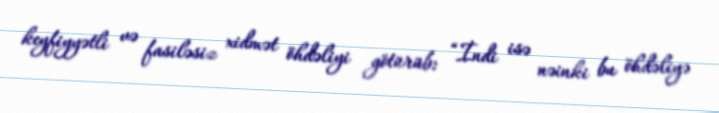
keyfiyyətli və fasiləsiz xidmət öhdəliyi götürüb: “İndi isə nəinki bu öhdəliyə